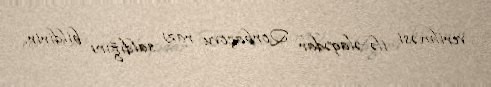
verilməsi ilə əlaqədar Qorbaçovu razı saldığını bildirir.